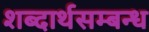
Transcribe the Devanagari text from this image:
शब्दार्थसम्बन्ध